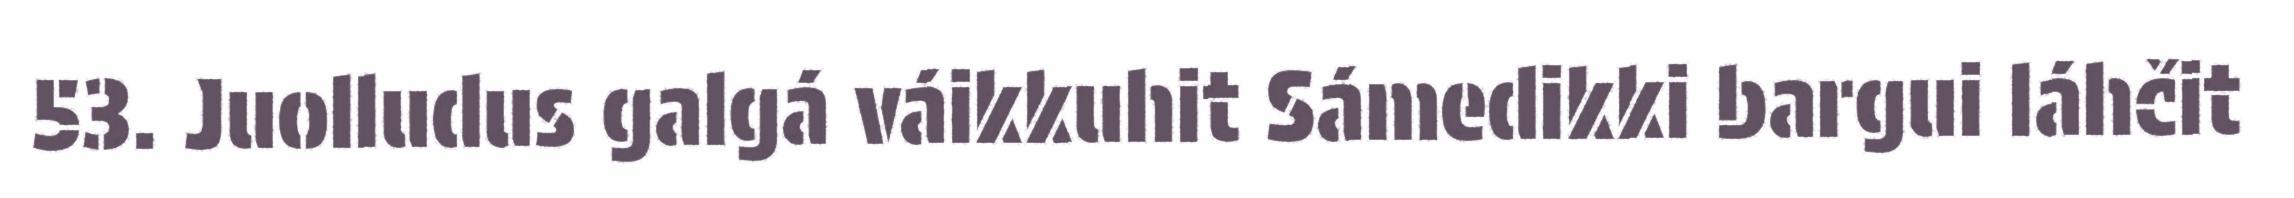
53. Juolludus galgá váikkuhit Sámedikki bargui láhčit